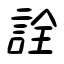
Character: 詮